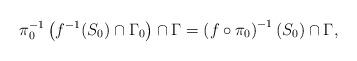
LaTeX: \begin{align*}\pi_0^{-1}\left(f^{-1}(S_0)\cap \Gamma_0\right)\cap \Gamma=\left(f\circ \pi_0\right)^{-1}(S_0)\cap \Gamma,\end{align*}